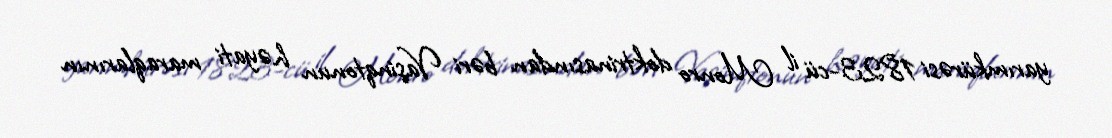
yarımkürəsi 1823-cü il Monro doktrinasından bəri Vaşinqtonun həyati maraqlarının